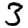
Digit: 3